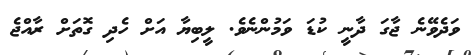
ވަދެވޭނެ ޖާގަ ދާނީ ކުޑަ ވަމުންނެވެ. ލީބިޔާ އަށް ހެދި ގޮތަށް ރާއްޖެ